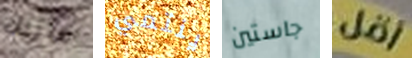
ماربل ينتمي جاستين أقل